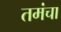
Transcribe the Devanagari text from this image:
तमंचा